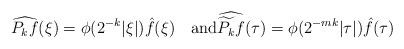
LaTeX: \begin{align*} \widehat{P_k f}(\xi) = \phi(2^{-k}|\xi|) \hat{f}(\xi) \quad\mbox{and} \widehat{\widetilde{P_k} f}(\tau) = \phi (2^{-mk}|\tau| ) \hat{f}(\tau) \end{align*}